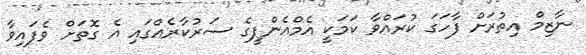
ނާޒިމް އިތުރަށް ފާހަގަ ކުރައްވާ ކަމަކީ އެމްއެންޕީގެ ސަރުކާރެއްގައި އެ ގޮތަށް ވެފައިވާ